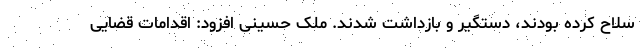
سلاح کرده بودند، دستگیر و بازداشت شدند. ملک حسینی افزود: اقدامات قضایی